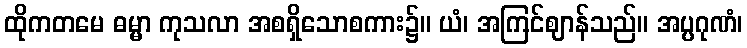
ထိုကတမေ ဓမ္မာ ကုသလာ အစရှိသောစကား၌။ ယံ၊ အကြင်ဈာန်သည်။ အပ္ပဂုဏံ၊